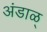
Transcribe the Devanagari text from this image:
अंडाळ्